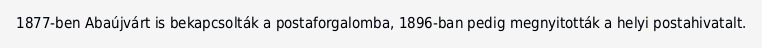
1877-ben Abaújvárt is bekapcsolták a postaforgalomba, 1896-ban pedig megnyitották a helyi postahivatalt.